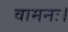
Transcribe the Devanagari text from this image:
वामनः।